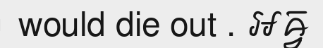
would die out . អឝ្វ